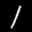
Label: 1